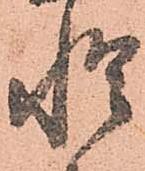
惶